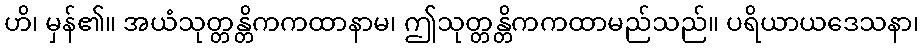
ဟိ၊ မှန်၏။ အယံသုတ္တန္တိကကထာနာမ၊ ဤသုတ္တန္တိကကထာမည်သည်။ ပရိယာယဒေသနာ၊